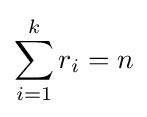
\sum _{i=1}^{k}r_{i}=n